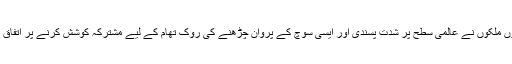
دونوں ملکوں نے عالمی سطح پر شدت پسندی اور ایسی سوچ کے پروان چڑھنے کی روک تھام کے لیے مشترکہ کوشش کرنے پر اتفاق کیا ۔